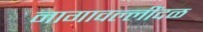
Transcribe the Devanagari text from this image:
नागावल्लींदळ